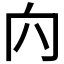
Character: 𠕉